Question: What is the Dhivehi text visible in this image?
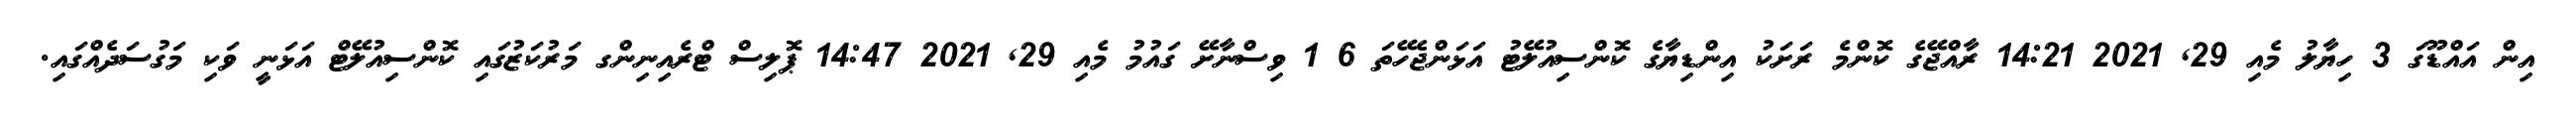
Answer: އިން އައްޑޫގަ 3 ހިޔާލު މެއި 29, 2021 14:21 ރާއްޖޭގެ ކޮންމެ ރަށަކު އިންޑިޔާގެ ކޮންސިއުލޭޓު އަޅަންޖެހޭތަ 6 1 ވިސްނާށޭ ގައުމު މެއި 29, 2021 14:47 ޕޮލިސް ޓްރެއިނިންގ މަރުކަޒުގައި ކޮންސިއުލޭޓް އަޅަނީ ވަކި މަގުސަދެއްގައި.